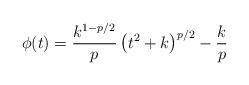
LaTeX: \begin{align*} \phi(t) = \frac{k^{1-p/2}}{p}\left(t^2 + k\right)^{p/2} - \frac{k}{p} \end{align*}